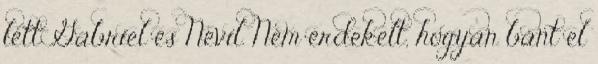
lett Gabriel és Nevil. Nem érdekelt, hogyan bánt el